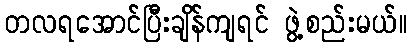
တလရအောင်ပြီးချိန်ကျရင် ဖွဲ့စည်းမယ်။